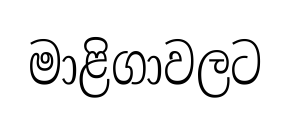
මාළිගාවලට